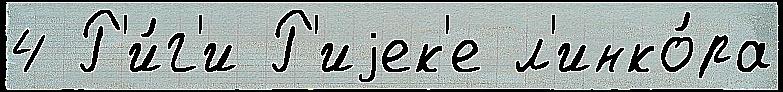
4 Р'и́г'и Р'иjек'е л'инко́ра